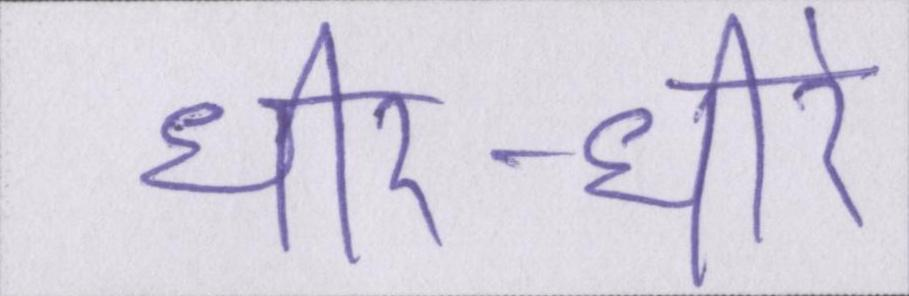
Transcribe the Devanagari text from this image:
धीर-धीरे